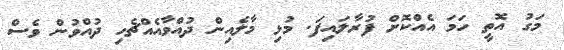
މަގު އޮތީ ހަމަ އެއްކޮށް ފުރާލައިފަ. މުޅި މާލެއިން ދުއްވާއެއްޗެހި ދުއްވުން ވެސް